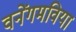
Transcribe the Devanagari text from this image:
वनेंगमविया